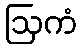
ဩကံ